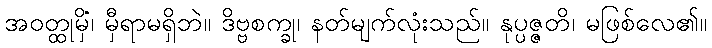
အဝတ္ထုမှိံ၊ မှီရာမရှိဘဲ။ ဒိဗ္ဗစက္ခု၊ နတ်မျက်လုံးသည်။ နုပ္ပဇ္ဇတိ၊ မဖြစ်လေ၏။